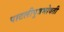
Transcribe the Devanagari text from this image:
पाटलीपुत्रभोवती